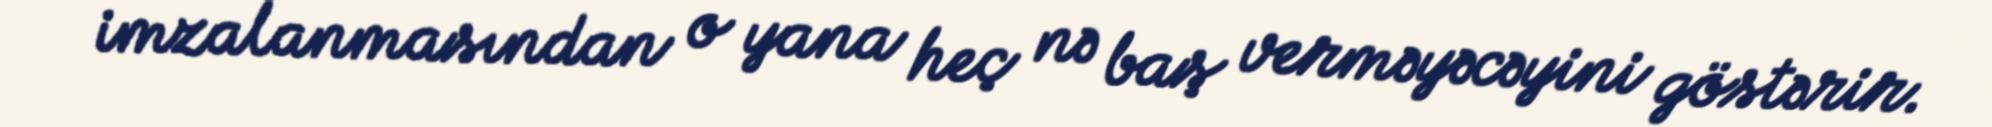
imzalanmasından o yana heç nə baş verməyəcəyini göstərir.